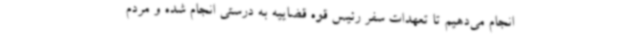
انجام می‌دهیم تا تعهدات سفر رئیس قوه قضاییه به درستی انجام شده و مردم